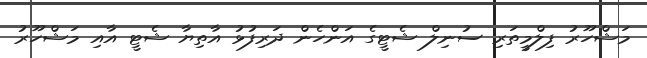
މަޝްހޫރު ފިލްމީތަރި ސުނިލް ޝެޓީގެ އަންހެން ދަރިފުޅު އާތިޔާ ޝެޓީ އާއި މަޝްހޫރު